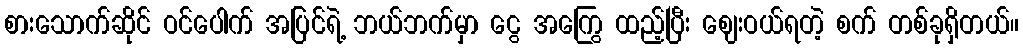
စားသောက်ဆိုင် ဝင်ပေါက် အပြင်ရဲ့ ဘယ်ဘက်မှာ ငွေ အကြွေ ထည့်ပြီး ဈေးဝယ်ရတဲ့ စက် တစ်ခုရှိတယ်။